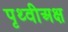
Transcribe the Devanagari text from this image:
पृथ्वीअक्ष